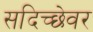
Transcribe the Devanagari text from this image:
सदिच्छेवर